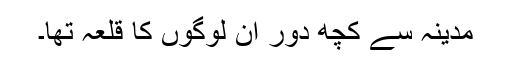
مدینہ سے کچھ دور ان لوگوں کا قلعہ تھا۔